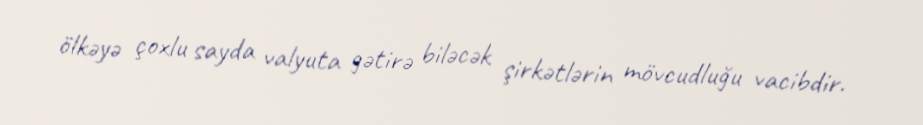
ölkəyə çoxlu sayda valyuta gətirə biləcək şirkətlərin mövcudluğu vacibdir.